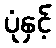
ပုံနှင့်